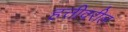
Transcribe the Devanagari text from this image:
हत्तीवरील